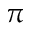
\pi